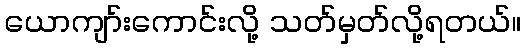
ယောကျာ်းကောင်းလို့ သတ်မှတ်လို့ရတယ်။